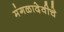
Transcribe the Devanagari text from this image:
मंगळादेवीचे